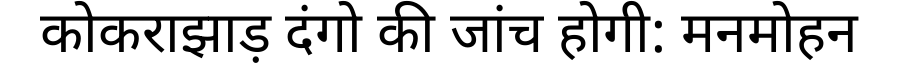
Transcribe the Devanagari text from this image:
कोकराझाड़ दंगो की जांच होगी: मनमोहन